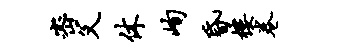
密父休峋昏楼卷